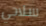
سلاحي